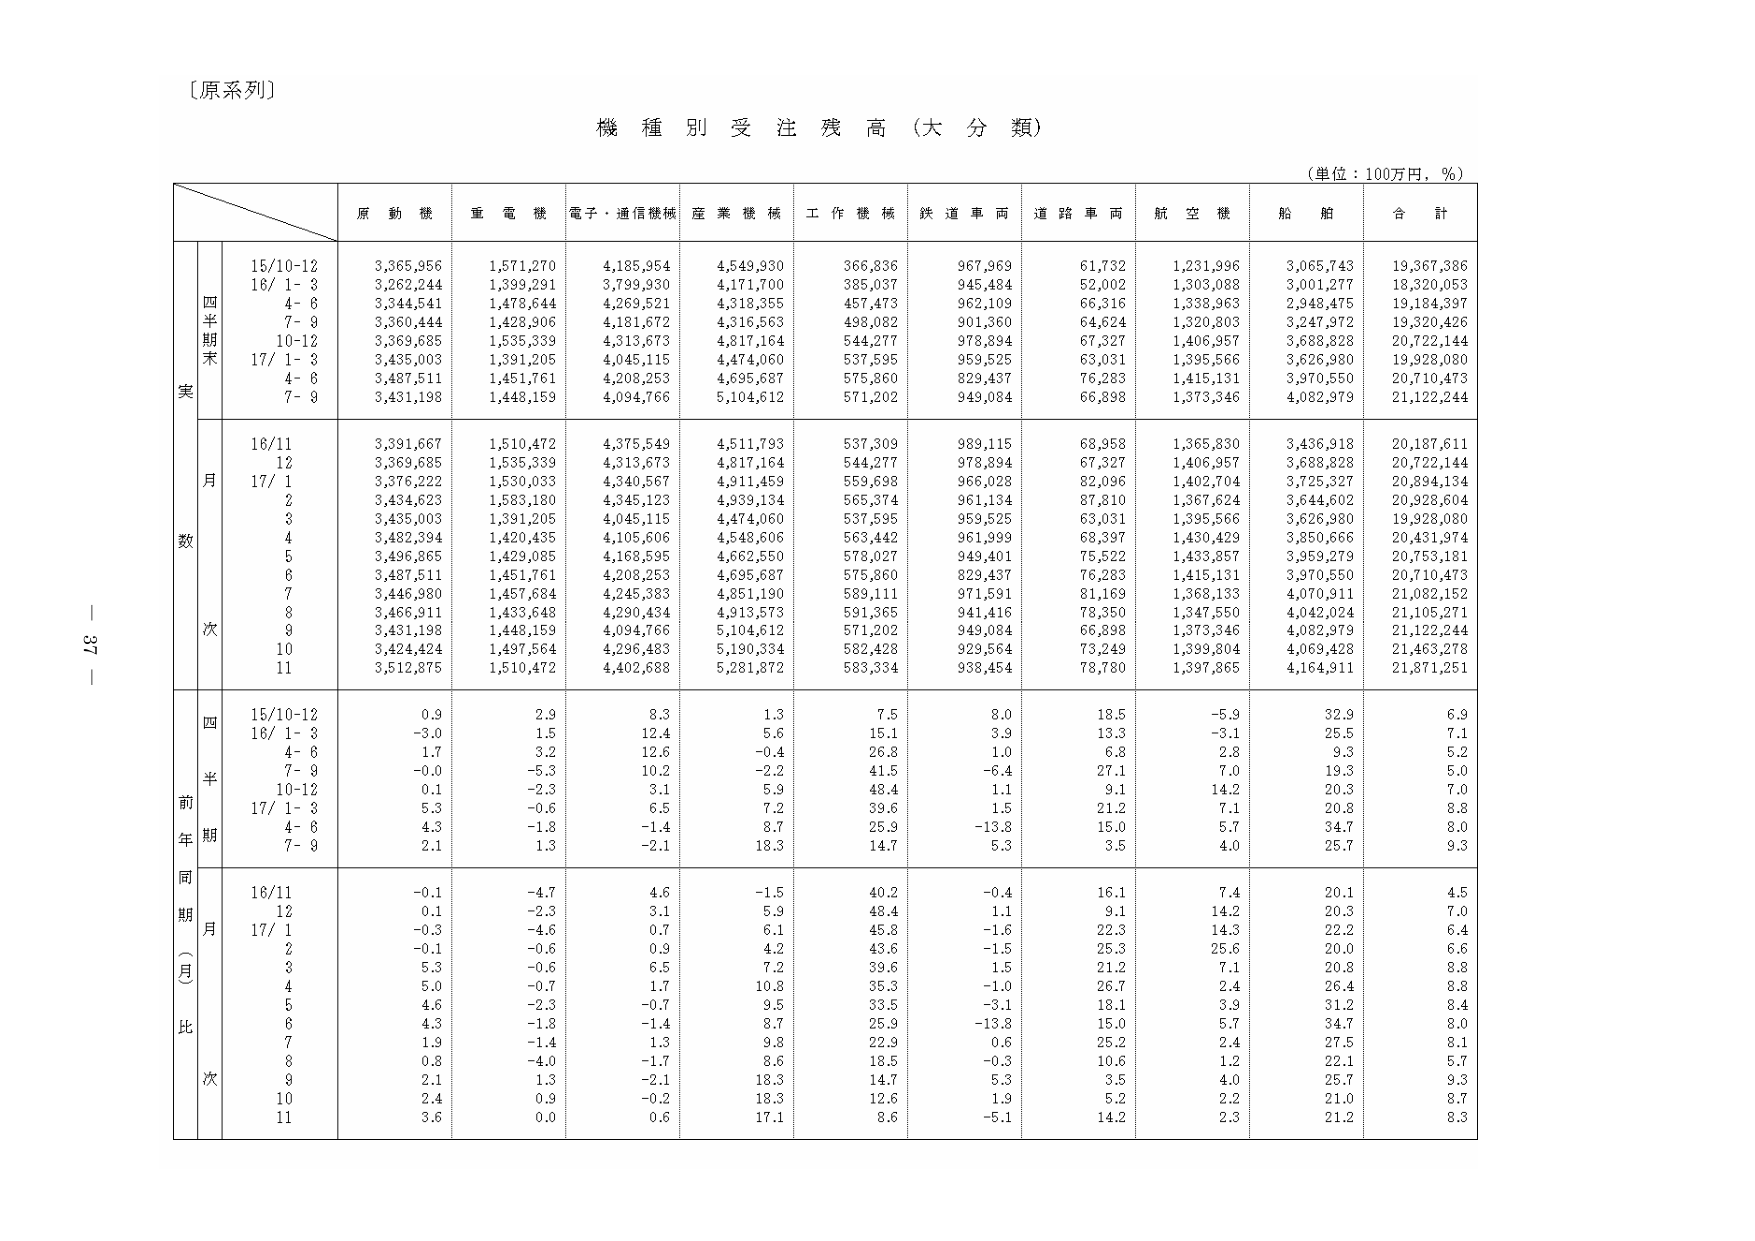
〔原系列〕

機 種 別 受 注 残 高（大 分 類）

（単位：100万円，％）

原 動 機　重 電 機　電子・通信機械　産 業 機 械　工 作 機 械　鉄 道 車 両　道 路 車 両　航 空 機　船 舶　合 計

四半期末
15/10-12　3,365,956　1,571,270　4,185,954　4,549,930　366,836　967,969　61,732　1,231,996　3,065,743　19,367,386
16/ 1- 3　3,262,244　1,399,291　3,799,930　4,171,700　385,037　945,484　52,002　1,303,088　3,001,277　18,320,053
　4- 6　3,344,541　1,478,644　4,269,521　4,318,355　457,473　962,109　66,316　1,338,963　2,948,475　19,184,397
　7- 9　3,360,444　1,428,906　4,181,672　4,316,563　498,082　901,360　64,624　1,320,803　3,247,972　19,320,426
10-12　3,369,685　1,535,339　4,313,673　4,817,164　544,277　978,894　67,327　1,406,957　3,688,828　20,722,144
17/ 1- 3　3,435,003　1,391,205　4,045,115　4,474,060　537,595　959,525　63,031　1,395,566　3,626,980　19,928,080
　4- 6　3,487,511　1,451,761　4,208,253　4,695,687　575,860　829,437　76,283　1,415,131　3,970,550　20,710,473
　7- 9　3,431,198　1,448,159　4,094,766　5,104,612　571,202　949,084　66,898　1,373,346　4,082,979　21,122,244

月数
16/11　3,391,667　1,510,472　4,375,549　4,511,793　537,309　989,115　68,958　1,365,830　3,436,918　20,187,611
　12　3,369,685　1,535,339　4,313,673　4,817,164　544,277　978,894　67,327　1,406,957　3,688,828　20,722,144
17/ 1　3,376,222　1,530,033　4,340,567　4,911,459　559,698　966,028　82,096　1,402,704　3,725,327　20,894,134
　2　3,434,623　1,583,180　4,345,123　4,939,134　565,374　961,134　87,810　1,367,624　3,644,602　20,928,604
　3　3,435,003　1,391,205　4,045,115　4,474,060　537,595　959,525　63,031　1,395,566　3,626,980　19,928,080
　4　3,482,394　1,420,435　4,105,606　4,548,606　563,442　961,999　68,397　1,430,429　3,850,666　20,431,974
　5　3,496,865　1,429,085　4,168,595　4,662,550　578,027　949,401　75,522　1,433,857　3,959,279　20,753,181
　6　3,487,511　1,451,761　4,208,253　4,695,687　575,860　829,437　76,283　1,415,131　3,970,550　20,710,473
　7　3,446,980　1,457,684　4,245,383　4,851,190　589,111　971,591　81,169　1,368,133　4,070,911　21,082,152
　8　3,466,911　1,433,648　4,290,434　4,913,573　591,365　941,416　78,350　1,347,550　4,042,024　21,105,271
　9　3,431,198　1,448,159　4,094,766　5,104,612　571,202　949,084　66,898　1,373,346　4,082,979　21,122,244
　10　3,424,424　1,497,564　4,296,483　5,190,334　582,428　929,564　73,249　1,399,804　4,069,428　21,463,278
　11　3,512,875　1,510,472　4,402,688　5,281,872　583,334　938,454　78,780　1,397,865　4,164,911　21,871,251

四半期
15/10-12　0.9　2.9　8.3　1.3　7.5　8.0　18.5　-5.9　32.9　6.9
16/ 1- 3　-3.0　1.5　12.4　5.6　15.1　3.9　13.3　-3.1　25.5　7.1
　4- 6　1.7　3.2　12.6　-0.4　26.8　1.0　6.8　2.8　9.3　5.2
　7- 9　-0.0　-5.3　10.2　-2.2　41.5　-6.4　27.1　7.0　19.3　5.0
10-12　0.1　-2.3　3.1　5.9　48.4　1.1　9.1　14.2　20.3　7.0
17/ 1- 3　5.3　-0.6　6.5　7.2　39.6　1.5　21.2　7.1　20.8　8.8
　4- 6　4.3　-1.8　-1.4　8.7　25.9　-13.8　15.0　5.7　34.7　8.0
　7- 9　2.1　1.3　-2.1　18.3　14.7　5.3　3.5　4.0　25.7　9.3

同期月比
16/11　-0.1　-4.7　4.6　-1.5　40.2　-0.4　16.1　7.4　20.1　4.5
　12　0.1　-2.3　3.1　5.9　48.4　1.1　9.1　14.2　20.3　7.0
17/ 1　-0.3　-4.6　0.7　6.1　45.8　-1.6　22.3　14.3　22.2　6.4
　2　-0.1　-0.6　0.9　4.2　43.6　-1.5　25.3　25.6　20.0　6.6
　3　5.3　-0.6　6.5　7.2　39.6　1.5　21.2　7.1　20.8　8.8
　4　5.0　-0.7　1.7　10.8　35.3　-1.0　26.7　2.4　26.4　8.8
　5　4.6　-2.3　-0.7　9.5　33.5　-3.1　18.1　3.9　31.2　8.4
　6　4.3　-1.8　-1.4　8.7　25.9　-13.8　15.0　5.7　34.7　8.0
　7　1.9　-1.4　1.3　9.8　22.9　0.6　25.2　2.4　27.5　8.1
　8　0.8　-4.0　-1.7　8.6　18.5　-0.3　10.6　1.2　22.1　5.7
　9　2.1　1.3　-2.1　18.3　14.7　5.3　3.5　4.0　25.7　9.3
　10　2.4　0.9　-0.2　18.3　12.6　1.9　5.2　2.2　21.0　8.7
　11　3.6　0.0　0.6　17.1　8.6　-5.1　14.2　2.3　21.2　8.3

37 —